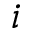
i